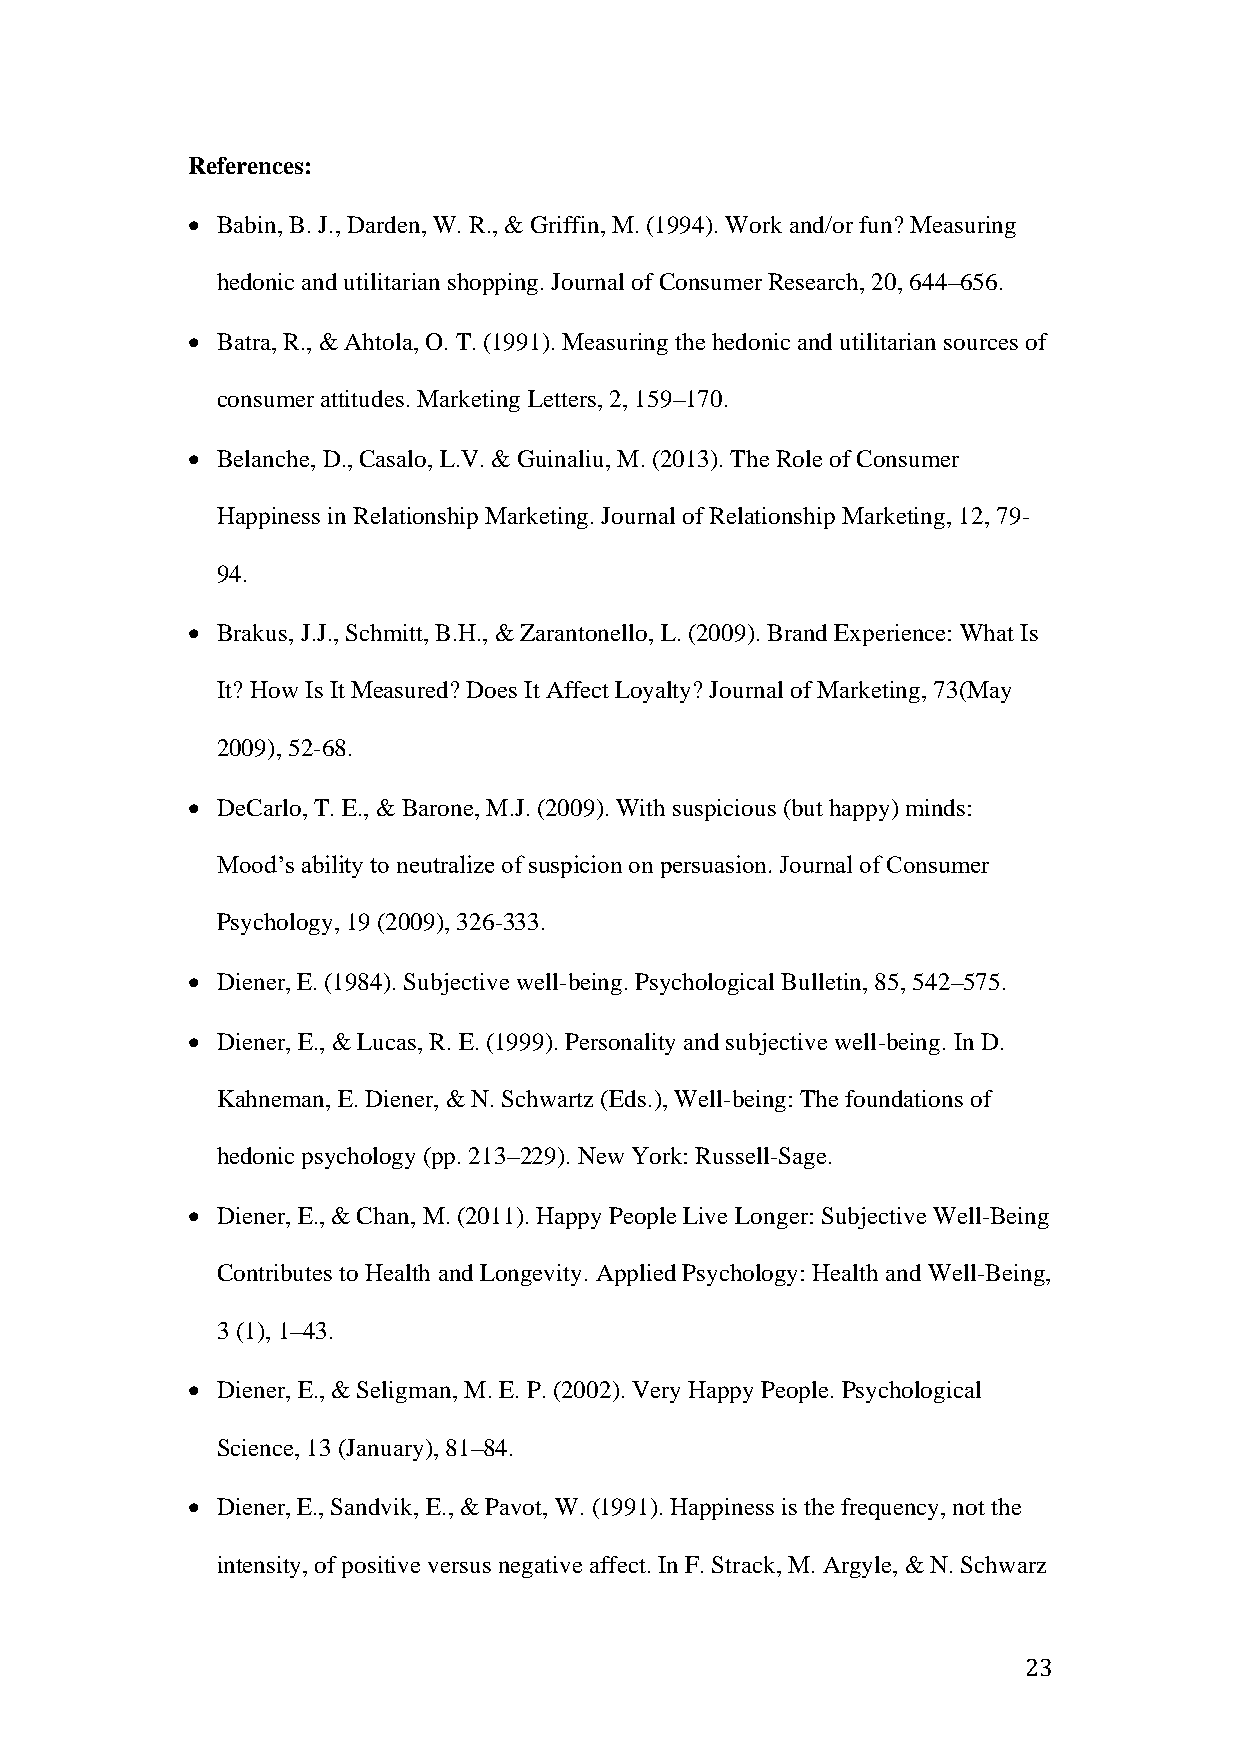
References:
 • Babin, B. J., Darden, W. R., & Griffin, M. (1994). Work and/or fun? Measuring
 hedonic and utilitarian shopping. Journal of Consumer Research, 20, 644–656.
 • Batra, R., & Ahtola, O. T. (1991). Measuring the hedonic and utilitarian sources of
 consumer attitudes. Marketing Letters, 2, 159–170.
 • Belanche, D., Casalo, L.V. & Guinaliu, M. (2013). The Role of Consumer
 Happiness in Relationship Marketing. Journal of Relationship Marketing, 12, 79-
 94.
 • Brakus, J.J., Schmitt, B.H., & Zarantonello, L. (2009). Brand Experience: What Is
 It? How Is It Measured? Does It Affect Loyalty? Journal of Marketing, 73(May
 2009), 52-68.
 • DeCarlo, T. E., & Barone, M.J. (2009). With suspicious (but happy) minds:
 Mood’s ability to neutralize of suspicion on persuasion. Journal of Consumer
 Psychology, 19 (2009), 326-333.
 • Diener, E. (1984). Subjective well-being. Psychological Bulletin, 85, 542–575.
 • Diener, E., & Lucas, R. E. (1999). Personality and subjective well-being. In D.
 Kahneman, E. Diener, & N. Schwartz (Eds.), Well-being: The foundations of
 hedonic psychology (pp. 213–229). New York: Russell-Sage.
 • Diener, E., & Chan, M. (2011). Happy People Live Longer: Subjective Well-Being
 Contributes to Health and Longevity. Applied Psychology: Health and Well-Being,
 3 (1), 1–43.
 • Diener, E., & Seligman, M. E. P. (2002). Very Happy People. Psychological
 Science, 13 (January), 81–84.
 • Diener, E., Sandvik, E., & Pavot, W. (1991). Happiness is the frequency, not the
 intensity, of positive versus negative affect. In F. Strack, M. Argyle, & N. Schwarz
 23